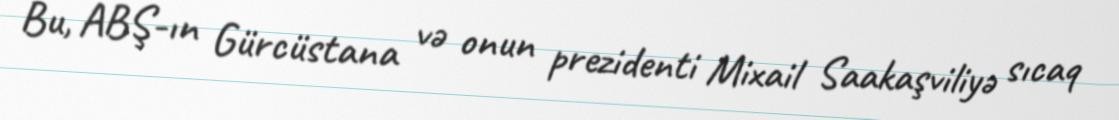
Bu, ABŞ-ın Gürcüstana və onun prezidenti Mixail Saakaşviliyə sıcaq